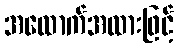
အထောက်အထားဖြင့်